Indian journal of veterinary science and animal husbandry - Volume 9,
Year: 1939
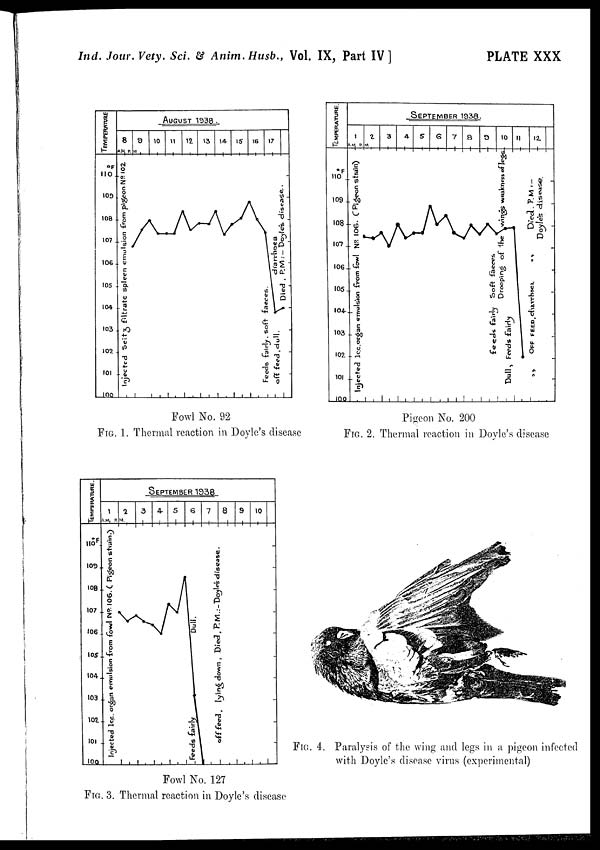
Ind. Jour. Vety. Sci. & Anim.Husb., Vol. IX, Part IV]
PLATE XXX
Fowl No. 92
FIG. 1. Thermal reaction in Doyle's disease
Pigeon No. 200
FIG. 2. Thermal reaction in Doyle's disease
Fowl No. 127
FIG. 3. Thermal reaction in Doyle's disease
FIG. 4. Paralysis of the wing and legs in a pigeon infected
with Doyle's disease virus (experimental)